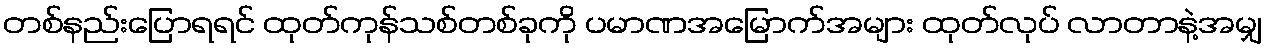
တစ်နည်းပြောရရင် ထုတ်ကုန်သစ်တစ်ခုကို ပမာဏအမြောက်အများ ထုတ်လုပ် လာတာနဲ့အမျှ